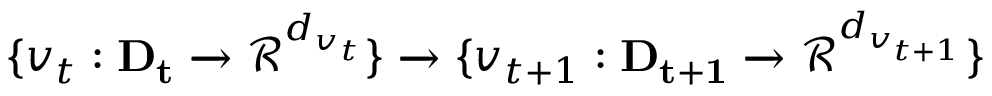
\{ v _ { t } : \mathbf { D _ { t } } \xrightarrow { } \mathcal { R } ^ { d _ { v _ { t } } } \} \xrightarrow { } \{ v _ { t + 1 } : \mathbf { D _ { t + 1 } } \xrightarrow { } \mathcal { R } ^ { d _ { v _ { t + 1 } } } \}